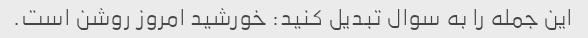
این جمله را به سوال تبدیل کنید: خورشید امروز روشن است.